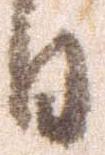
日